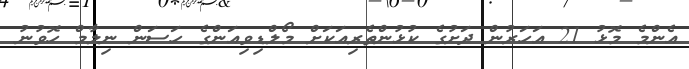
އެންމެ މޮޅު 21 އަހަރުން ދަށުގެ ކުޅުންތެރިއަކަށް މޯލްޑިވިއަންގެ ހަސަން ނިލާމް ހޮވުނު